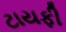
ટાયફી